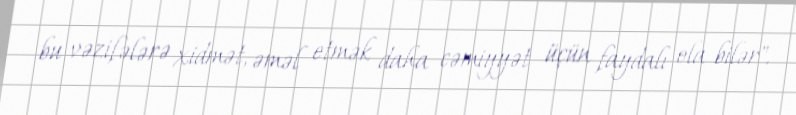
bu vəzifələrə xidmət, əməl etmək daha cəmiyyət üçün faydalı ola bilər".